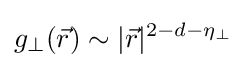
g_{\perp }({\vec {r}})\sim |{\vec {r}}|^{2-d-\eta _{\perp }}\,\!